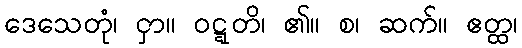
ဒေသေတုံ၊ ငှာ။ ဝဋ္ဋတိ၊ ၏။ စ၊ ဆက်။ ဧတ္ထ၊